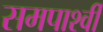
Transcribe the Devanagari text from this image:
समपार्श्वी